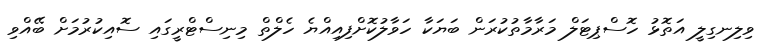
ވިލިނގިލީ އަތޮޅު ހޮސްޕިޓަލް މަރާމާތުކުރަން ބަޔަކާ ހަވާލުކޮށްފިއިއްޔެ ހެލްތް މިނިސްޓްރީގައި ސޮއިކުރުމަށް ބޭއްވި